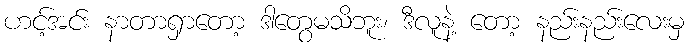
ဟင့်အင်း နာတာရှာတော့ ဒါတွေမသိဘူး၊ ဒီလူနဲ့ တော့ နည်းနည်းလေးမှ